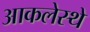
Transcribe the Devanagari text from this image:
आकलेस्थे